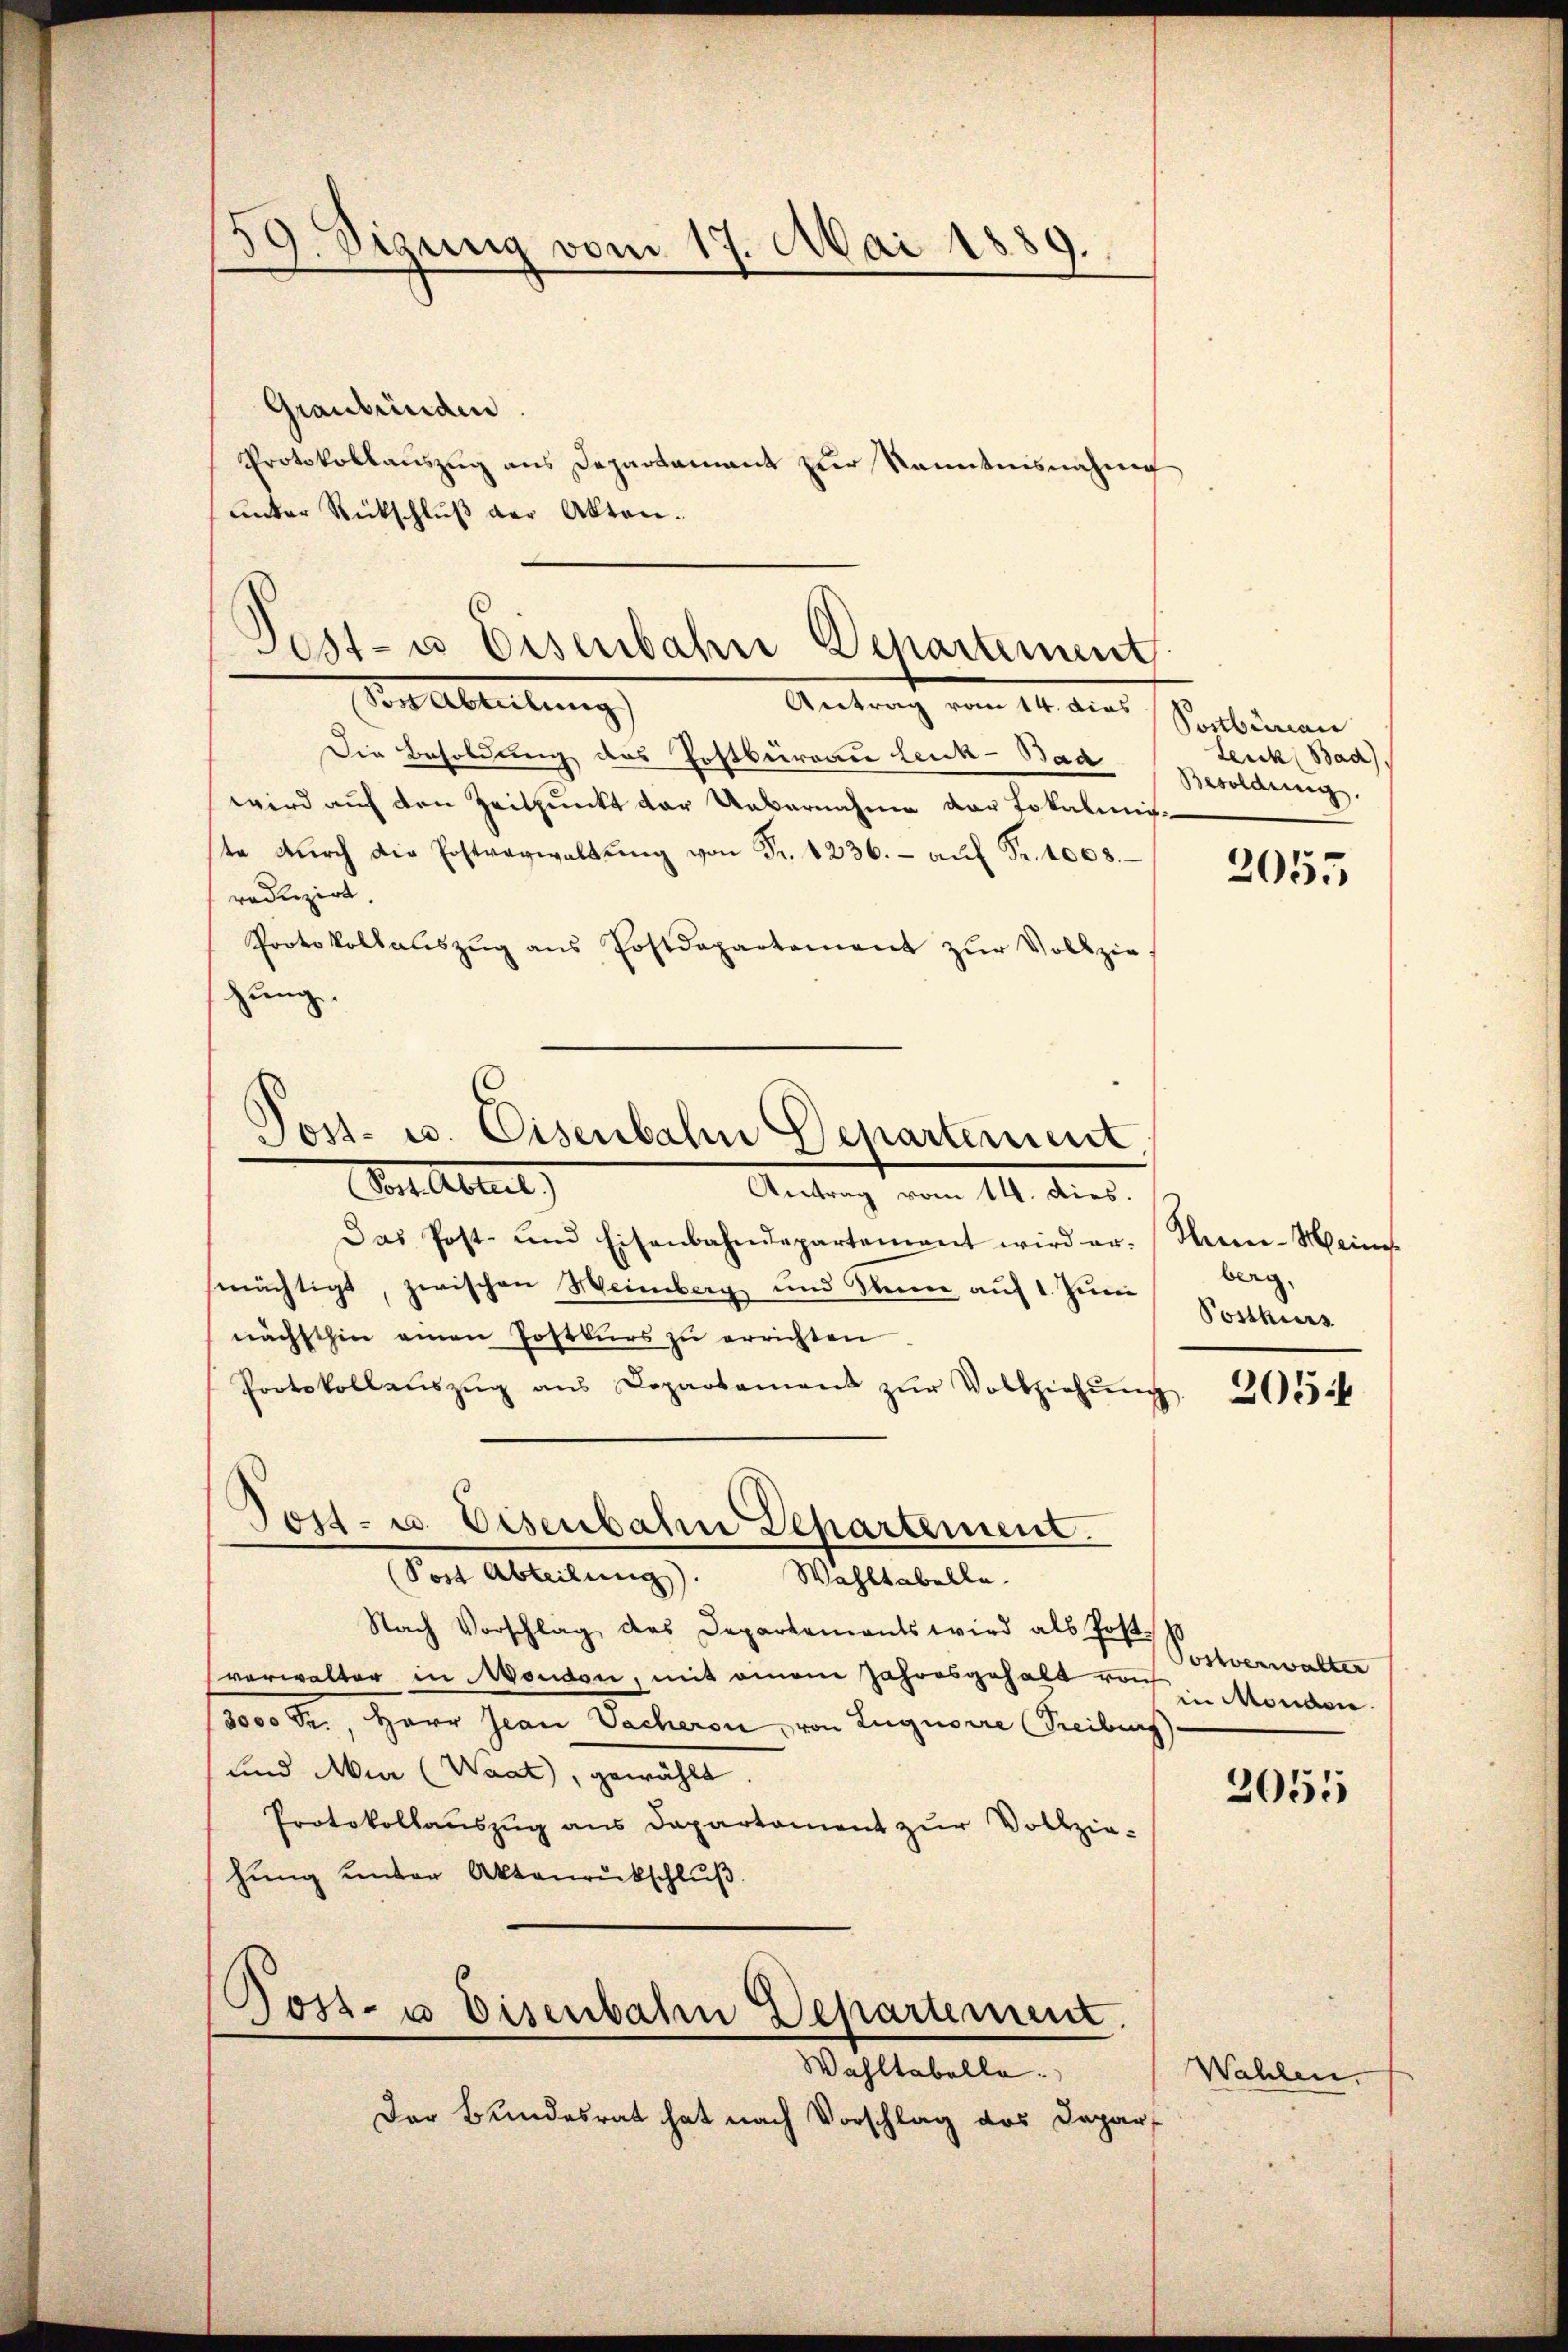
H
59. Sigung vom 17. Mai 1889.

Graubünden
unter Rückschluß der Akten.

Post- u Eisenbahn Departement

Sonebreitung
Antrag vom 14. Aus
Die Besoldung des Postbureau Leich-Bad
wird auf den Zeitpunkt der Uebernahme der Lokalmitte dŭrch die Postverwaltŭng von Fr. 1236.- aŭf Fr. 1008.
reduzirt
Protokollaŭszŭg ans Postdepartement zŭr Vollzie-
hung.

Post- u. Eisenbahn Departement
 Aestel
Antrag vom 11. dies

Tost- u. Eisenbahn Departement.

Protokollaŭszŭg ans Departamant zŭr Kenntnisnahme

Das Post- und Eisenbahndepartement wird er-
mächtigt, zwischen Weinberg und Kleine auf 1. Juni
nächsthin einen Postkŭrs zu errichten
Protokollaŭszŭg ans Departement zŭr Vollziehŭng
Von Abteilung). Wahltabelle.
Nach Vorschlag des Departements wird als Post-
verwalter in Moudon, mit einem Jahresgehalt von Urverwalter
3000 Fr. Herr Jean Sacheron, von Luguorre Freiburg
und Mur (Waat, gewählt.
Protokollaŭszŭg ans Departament zŭr Vollzie-
hung unter Aktenrückschlŭβ
Post- u Eisenbahn Departement.
Wahltabelle.
Der Bundesrat hat nach Vorschlag des Depar¬

Postbureau
Leuk (Bad)
Besoldung.

2055

Hhnn-Meine
berg.
Postkurs

2054

in Menden.

2055

Wahlen.